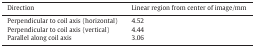
<table><thead><tr><td><b>Direction</b></td><td><b>Linear region from center of image/mm</b></td></tr></thead><tbody><tr><td>Perpendicular to coil axis (horizontal)</td><td>4.52</td></tr><tr><td>Perpendicular to coil axis (vertical)</td><td>4.44</td></tr><tr><td>Parallel along coil axis</td><td>3.06</td></tr></tbody></table>